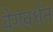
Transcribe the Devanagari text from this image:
वेगवर्धन